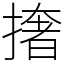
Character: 撦